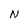
Character: N